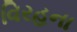
વિરહના